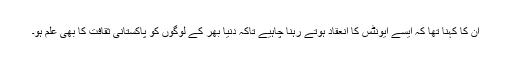
ان کا کہنا تھا کہ ایسے ایونٹس کا انعقاد ہوتے رہنا چاہیے تاکہ دنیا بھر کے لوگوں کو پاکستانی ثقافت کا بھی علم ہو۔